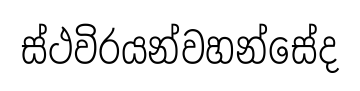
ස්ථවිරයන්වහන්සේද